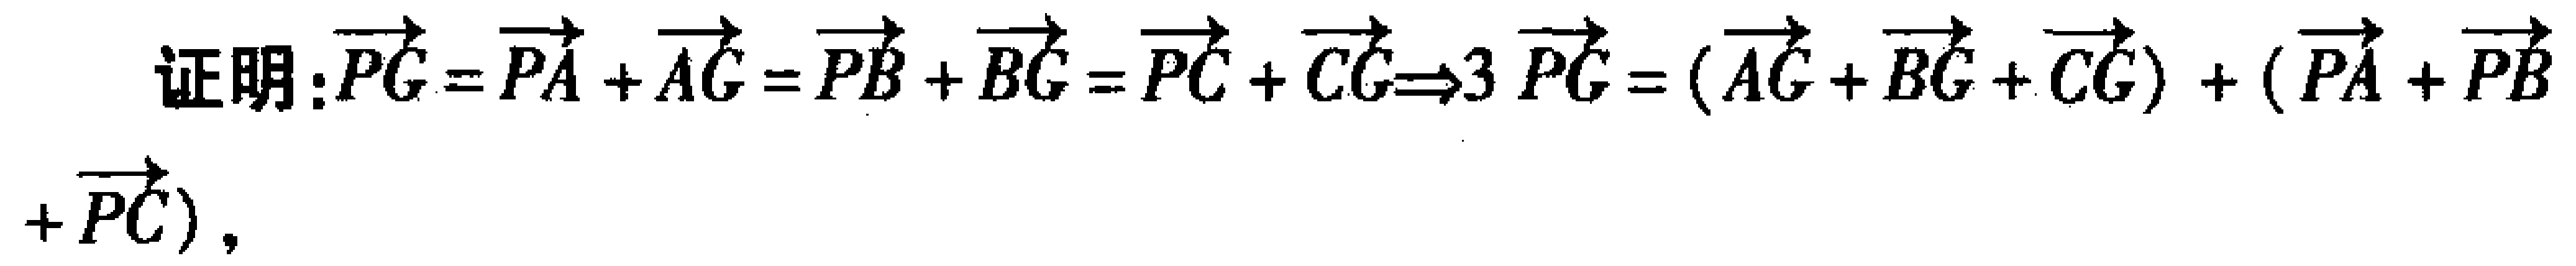
证明：\(\overrightarrow{PG}=\overrightarrow{PA}+\overrightarrow{AG}=\overrightarrow{PB}+\overrightarrow{BG}=\overrightarrow{PC}+\overrightarrow{CG}\Rightarrow3\overrightarrow{PG}=(\overrightarrow{AG}+\overrightarrow{BG}+\overrightarrow{CG})+(\overrightarrow{PA}+\overrightarrow{PB}+\overrightarrow{PC})\)